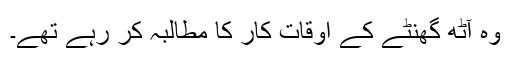
وہ آٹھ گھنٹے کے اوقات کار کا مطالبہ کر رہے تھے۔